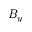
B _ { y }